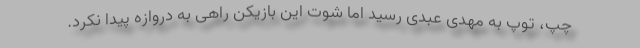
چپ، توپ به مهدی عبدی رسید اما شوت این بازیکن راهی به دروازه پیدا نکرد.